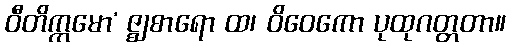
ဝီတိက္ကမော’ ဇ္ဈစာရော ထ၊ ဝိဝေကော ပုထုဂတ္တတာ။